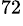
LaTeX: ^{72}